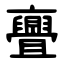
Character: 亹